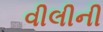
વીલીની